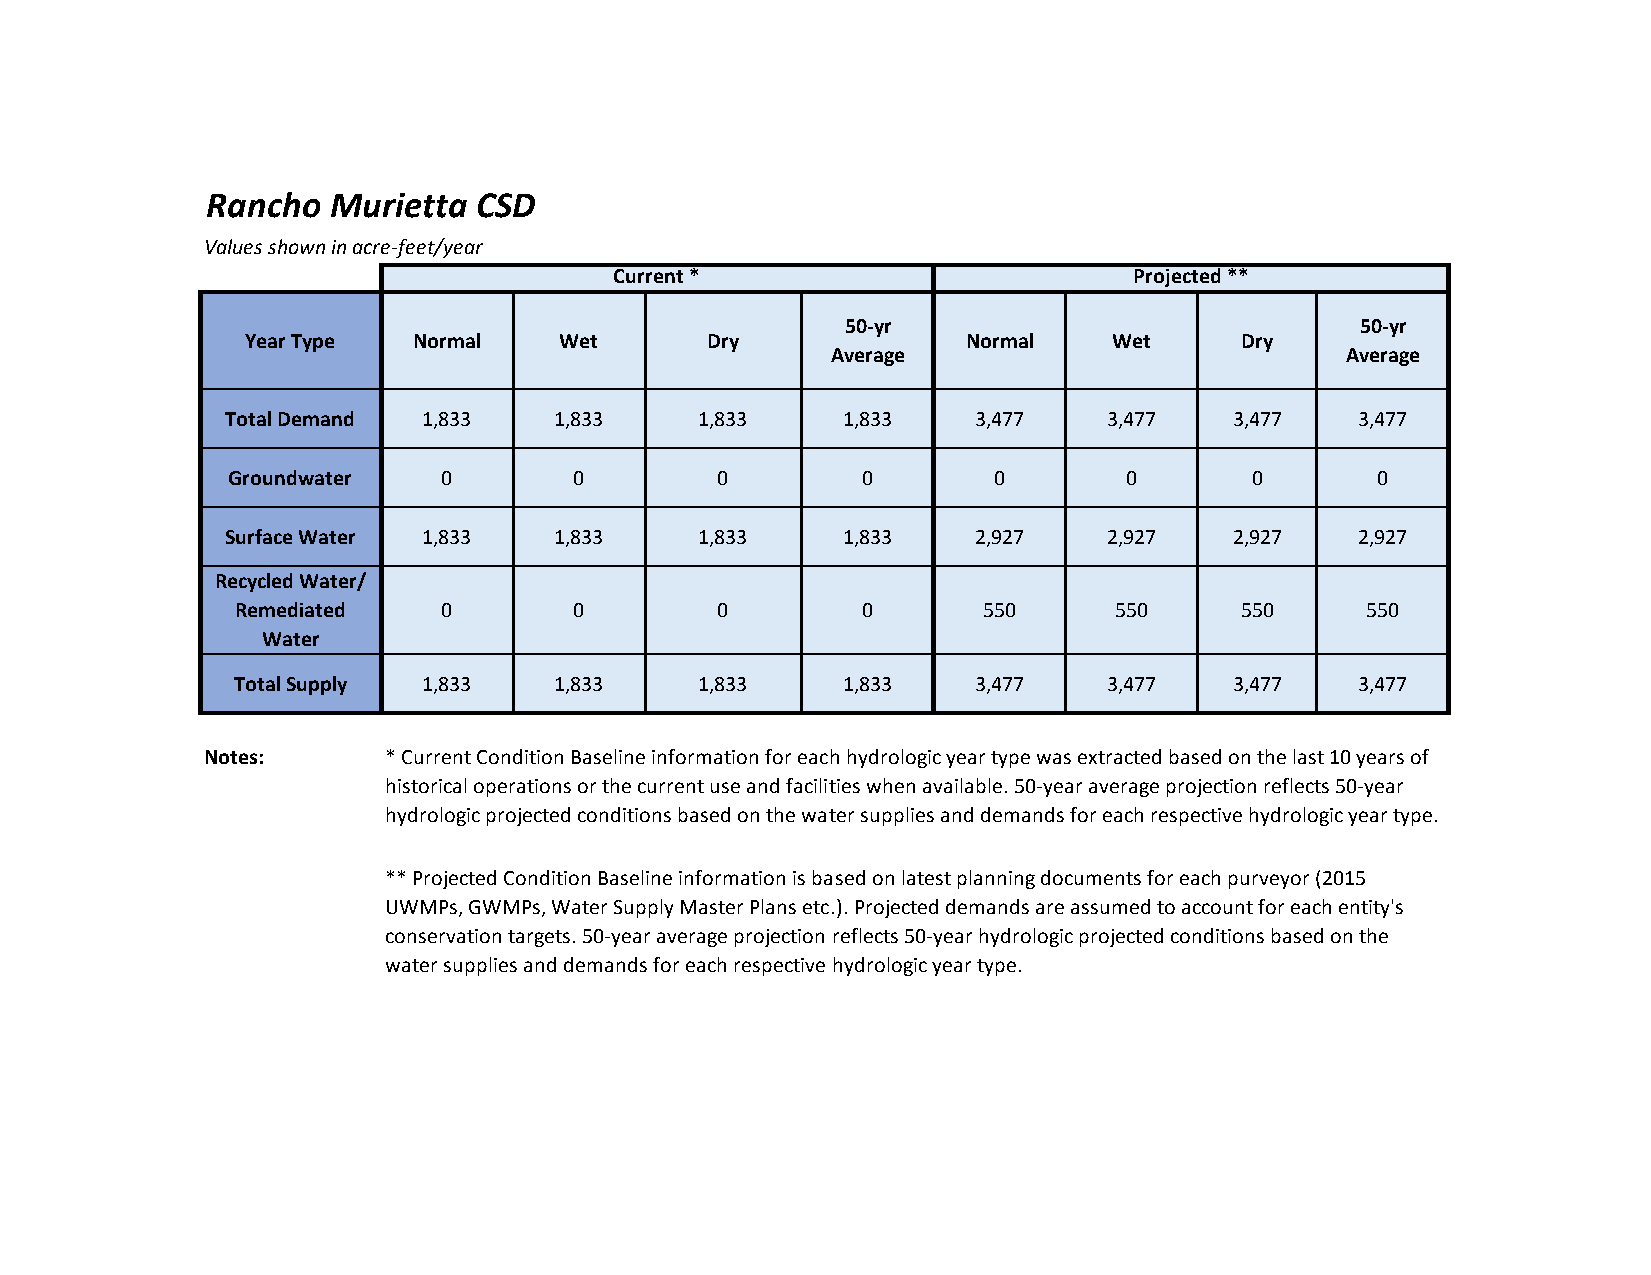
Rancho  Murietta  CSD
 Values shown in acre-feet/year
 Current *                         Projected **
 50-yr                             50-yr
 Year Type  Normal    Wet       Dry              Normal    Wet     Dry
 Average                           Average
 Total Demand 1,833    1,833    1,833     1,833   3,477    3,477    3,477   3,477
 Groundwater   0        0        0         0        0       0        0       0
 Surface Water 1,833   1,833    1,833     1,833   2,927    2,927    2,927   2,927
 Recycled Water/
 Remediated   0        0        0         0       550      550     550     550
 Water
 Total Supply 1,833    1,833    1,833     1,833   3,477    3,477    3,477   3,477
 Notes:     * Current Condition Baseline information for each hydrologic year type was extracted based on the last 10 years of
 historical operations or the current use and facilities when available. 50-year average projection reflects 50-year
 hydrologic projected conditions based on the water supplies and demands for each respective hydrologic year type.
 ** Projected Condition Baseline information is based on latest planning documents for each purveyor (2015
 UWMPs, GWMPs, Water Supply Master Plans etc.). Projected demands are assumed to account for each entity's
 conservation targets. 50-year average projection reflects 50-year hydrologic projected conditions based on the
 water supplies and demands for each respective hydrologic year type.